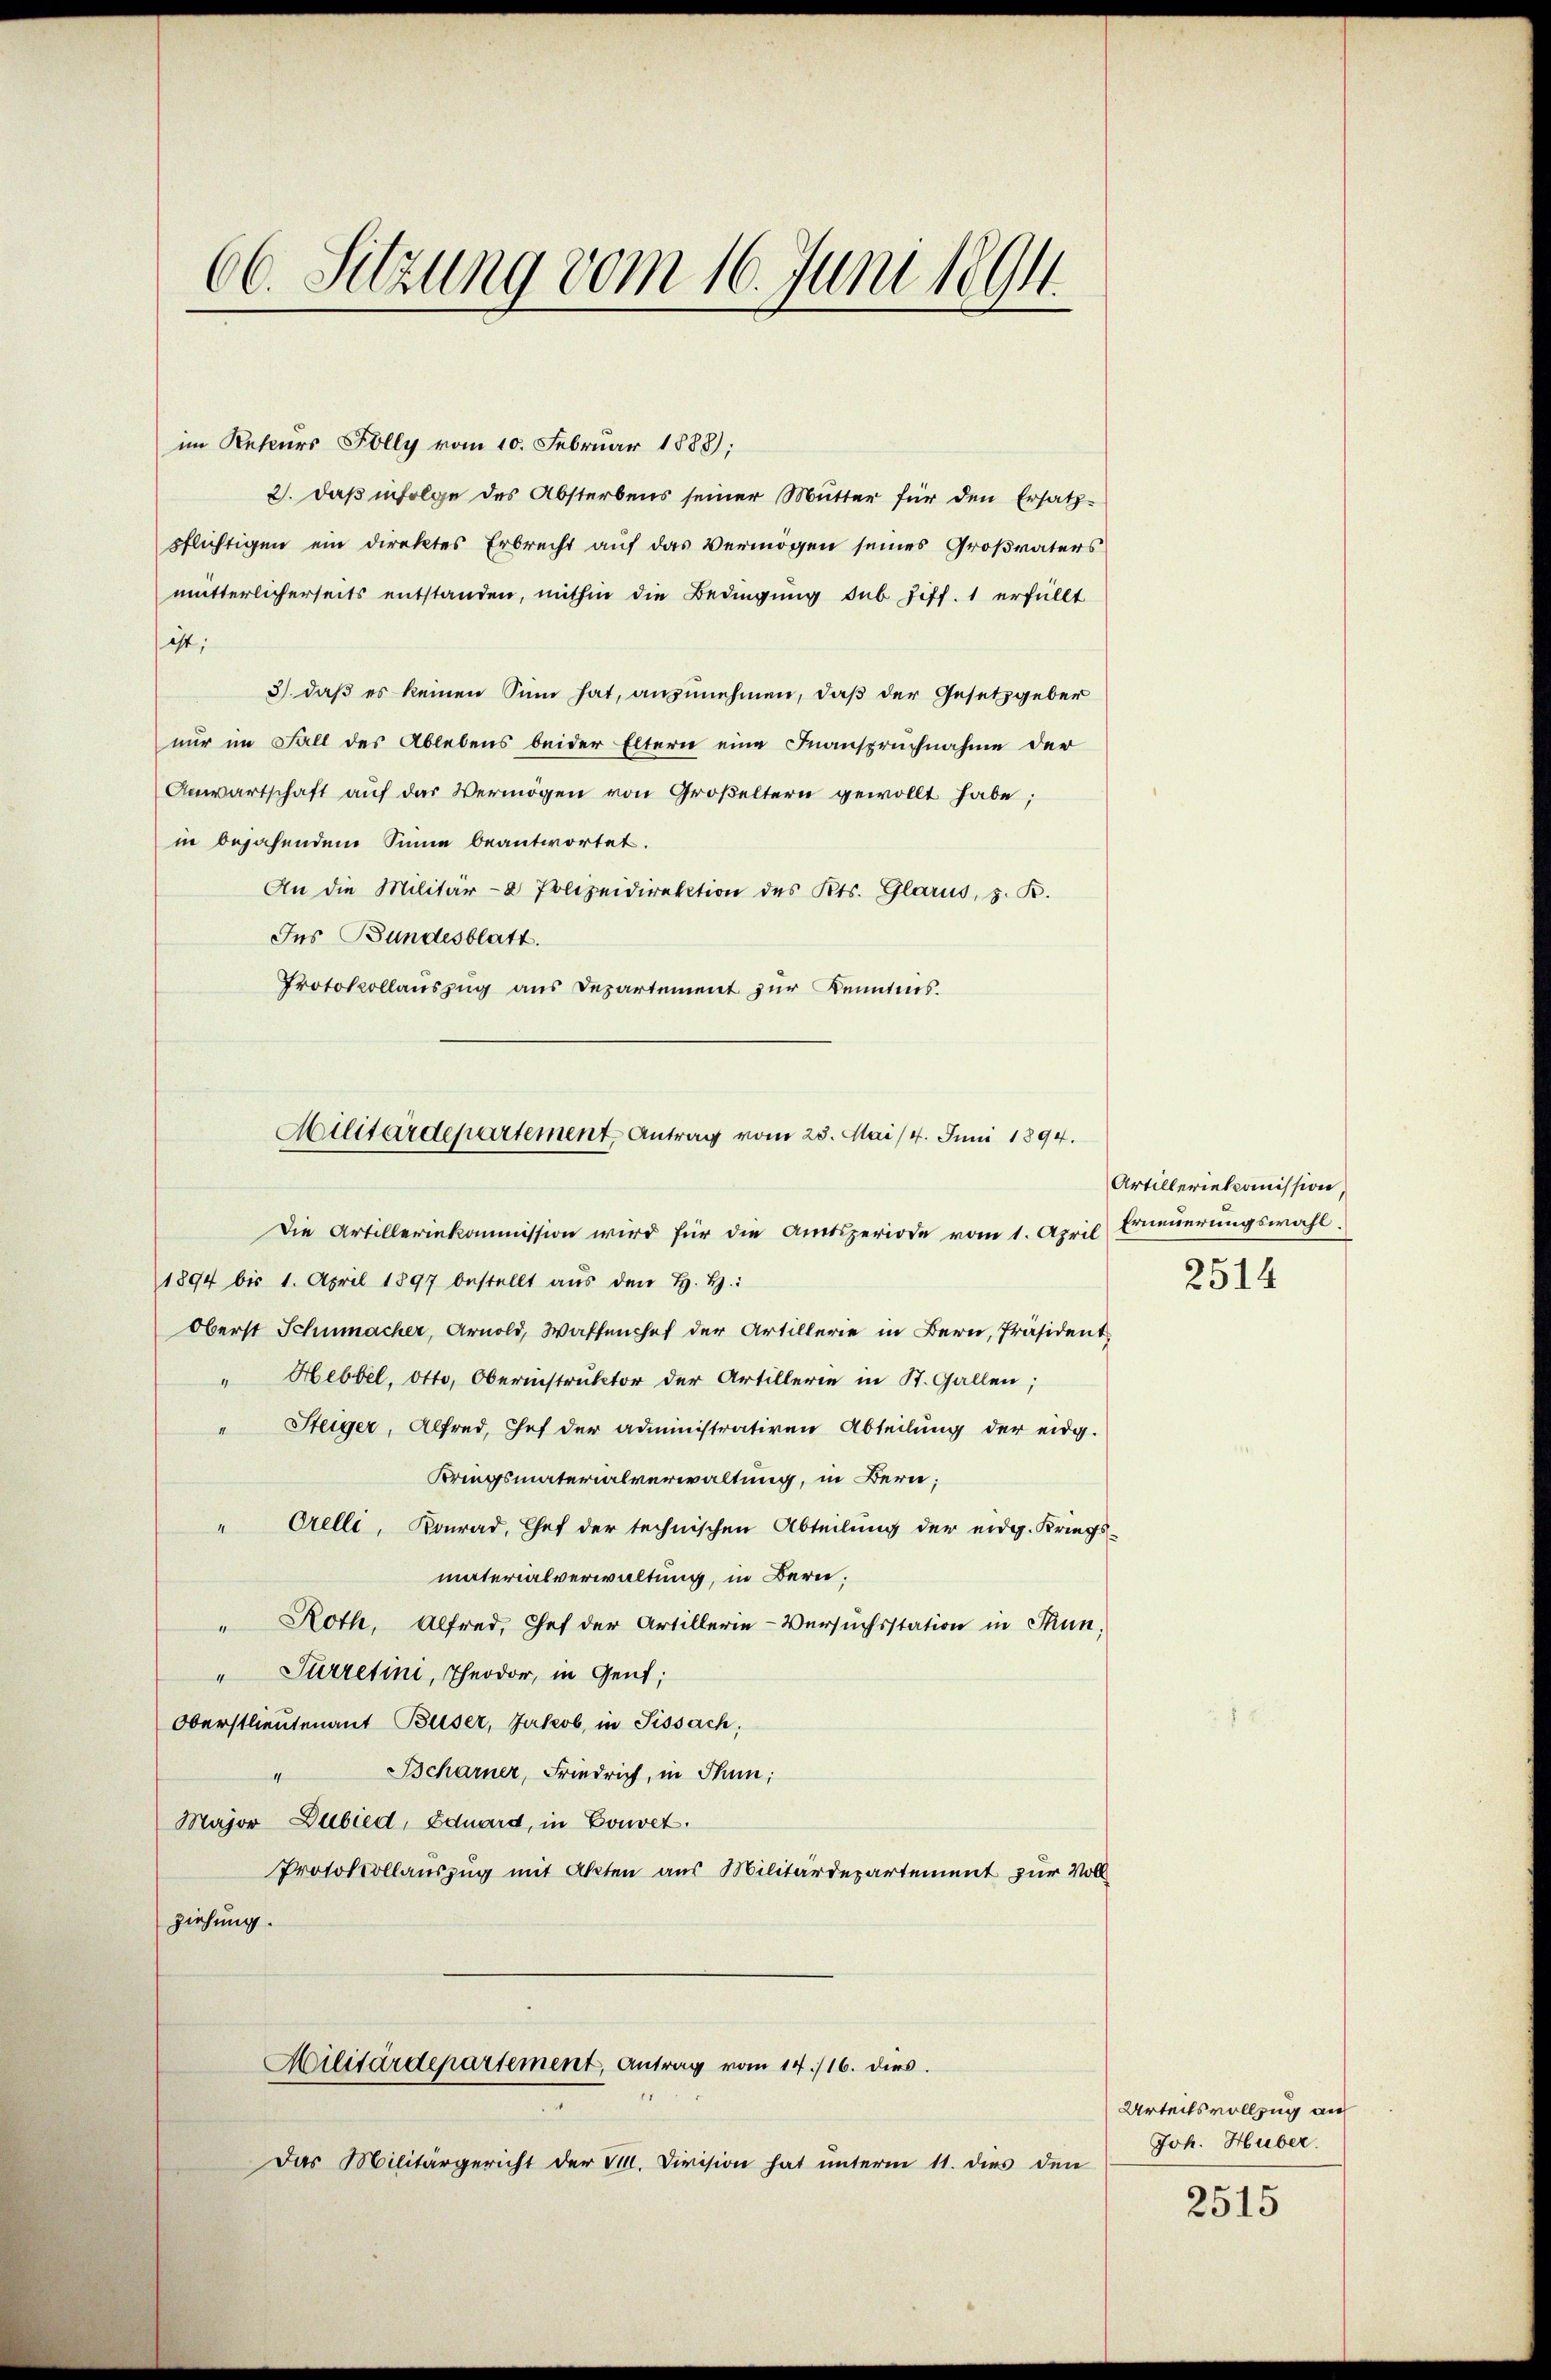
im Rekurs Folly vom 10. Februar 1888);
2. daß infolge des Absterbens seiner Mutter für den Ersatzpflichtigen ein direktes Erbrecht auf das Vermögen seines Großvaters
mutterlicherseits entstanden, mithin die Bedingung sub fiff. 1 erfüllt
ist;
3) daß es keinen Sinn hat, anzunehmen, daß der Gesetzgeber
nur im Fall des Ablebens beider Eltern eine Inanspruchnahme der
Anwartschaft aŭf das Vermögen von Großeltern gewollt habe;
in bejahendem Sinne beantwortet.
An die Militär- Polizeidirektion des Kts. Glarus, 3. K.
Ins Bundesblatt.
Protokollauszug aus Departement zur Kenntnis.
Die Artilleriekommission wird für die Amtsperiode vom 1. April
1894 bis 1. April 1897 bestellt aŭs den H. H.
Oberst Schumacher, Arnold, Waffenchef der Artillerie in Bern, Präsident
Hebbel, Otto, Obernistruktor der Artillerie in St. Gallen;
4
Steiger, Alfred, Chef der administrativen Abteilung der eidg.
Kriegsmaterialverwaltung, in Bern;
" Orelli, Konrad, Chef der technischen Abteilung der eidg. Kriegs-
materialverwaltung, in Bern;
" Roth, Alfred, Chef der Artillerie-Versuchsstation in Thun
" Surretini, Theodor, in Gent;
Oberstlieutenant Bliser, Jakob, in Sissach,
Bcharner, Friedrich, in Thun,
1
Major Dubied, Eduard, in Gouvet.
Protokollauszug mit Akten aus Militärdepartement zur Vollziehung.
Militärdepartement, Antrag vom 14./16. dies.
Das Militärgericht der Sr. Division hat unterm 11. dies den

66. Sitzung vom 16. Juni 1894.

Militärdepartement Antrag vom 23. Mai /4. Juni 1894.

Artilleriekcomission,
Erneuerungswahl.
2514

Urteilsvollzug au
Joh. Huber.

2515